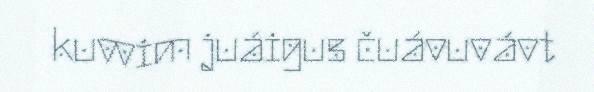
kuvvim juáigus čuávuvávt